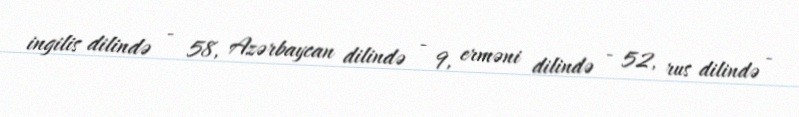
ingilis dilində - 58, Azərbaycan dilində - 9, erməni dilində - 52, rus dilində -